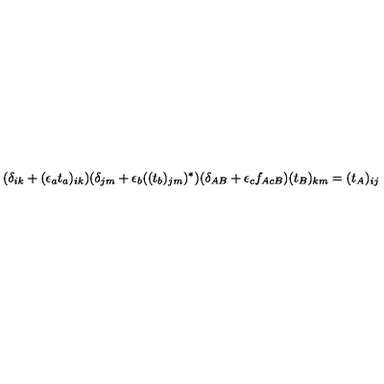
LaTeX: ( \delta _ { i k } + ( \epsilon _ { a } t _ { a } ) _ { i k } ) ( \delta _ { j m } + \epsilon _ { b } ( ( t _ { b } ) _ { j m } ) ^ { \ast } ) ( \delta _ { A B } + \epsilon _ { c } f _ { A c B } ) ( t _ { B } ) _ { k m } = ( t _ { A } ) _ { i j }